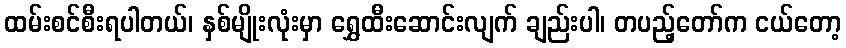
ထမ်းစင်စီးရပါတယ်၊ နှစ်မျိုးလုံးမှာ ရွှေထီးဆောင်းလျက် ချည်းပါ၊ တပည့်တော်က ငယ်တော့